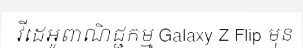
វីដេអូពាណិជ្ជកម្ម Galaxy Z Flip មុន